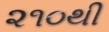
૨૧૦થી